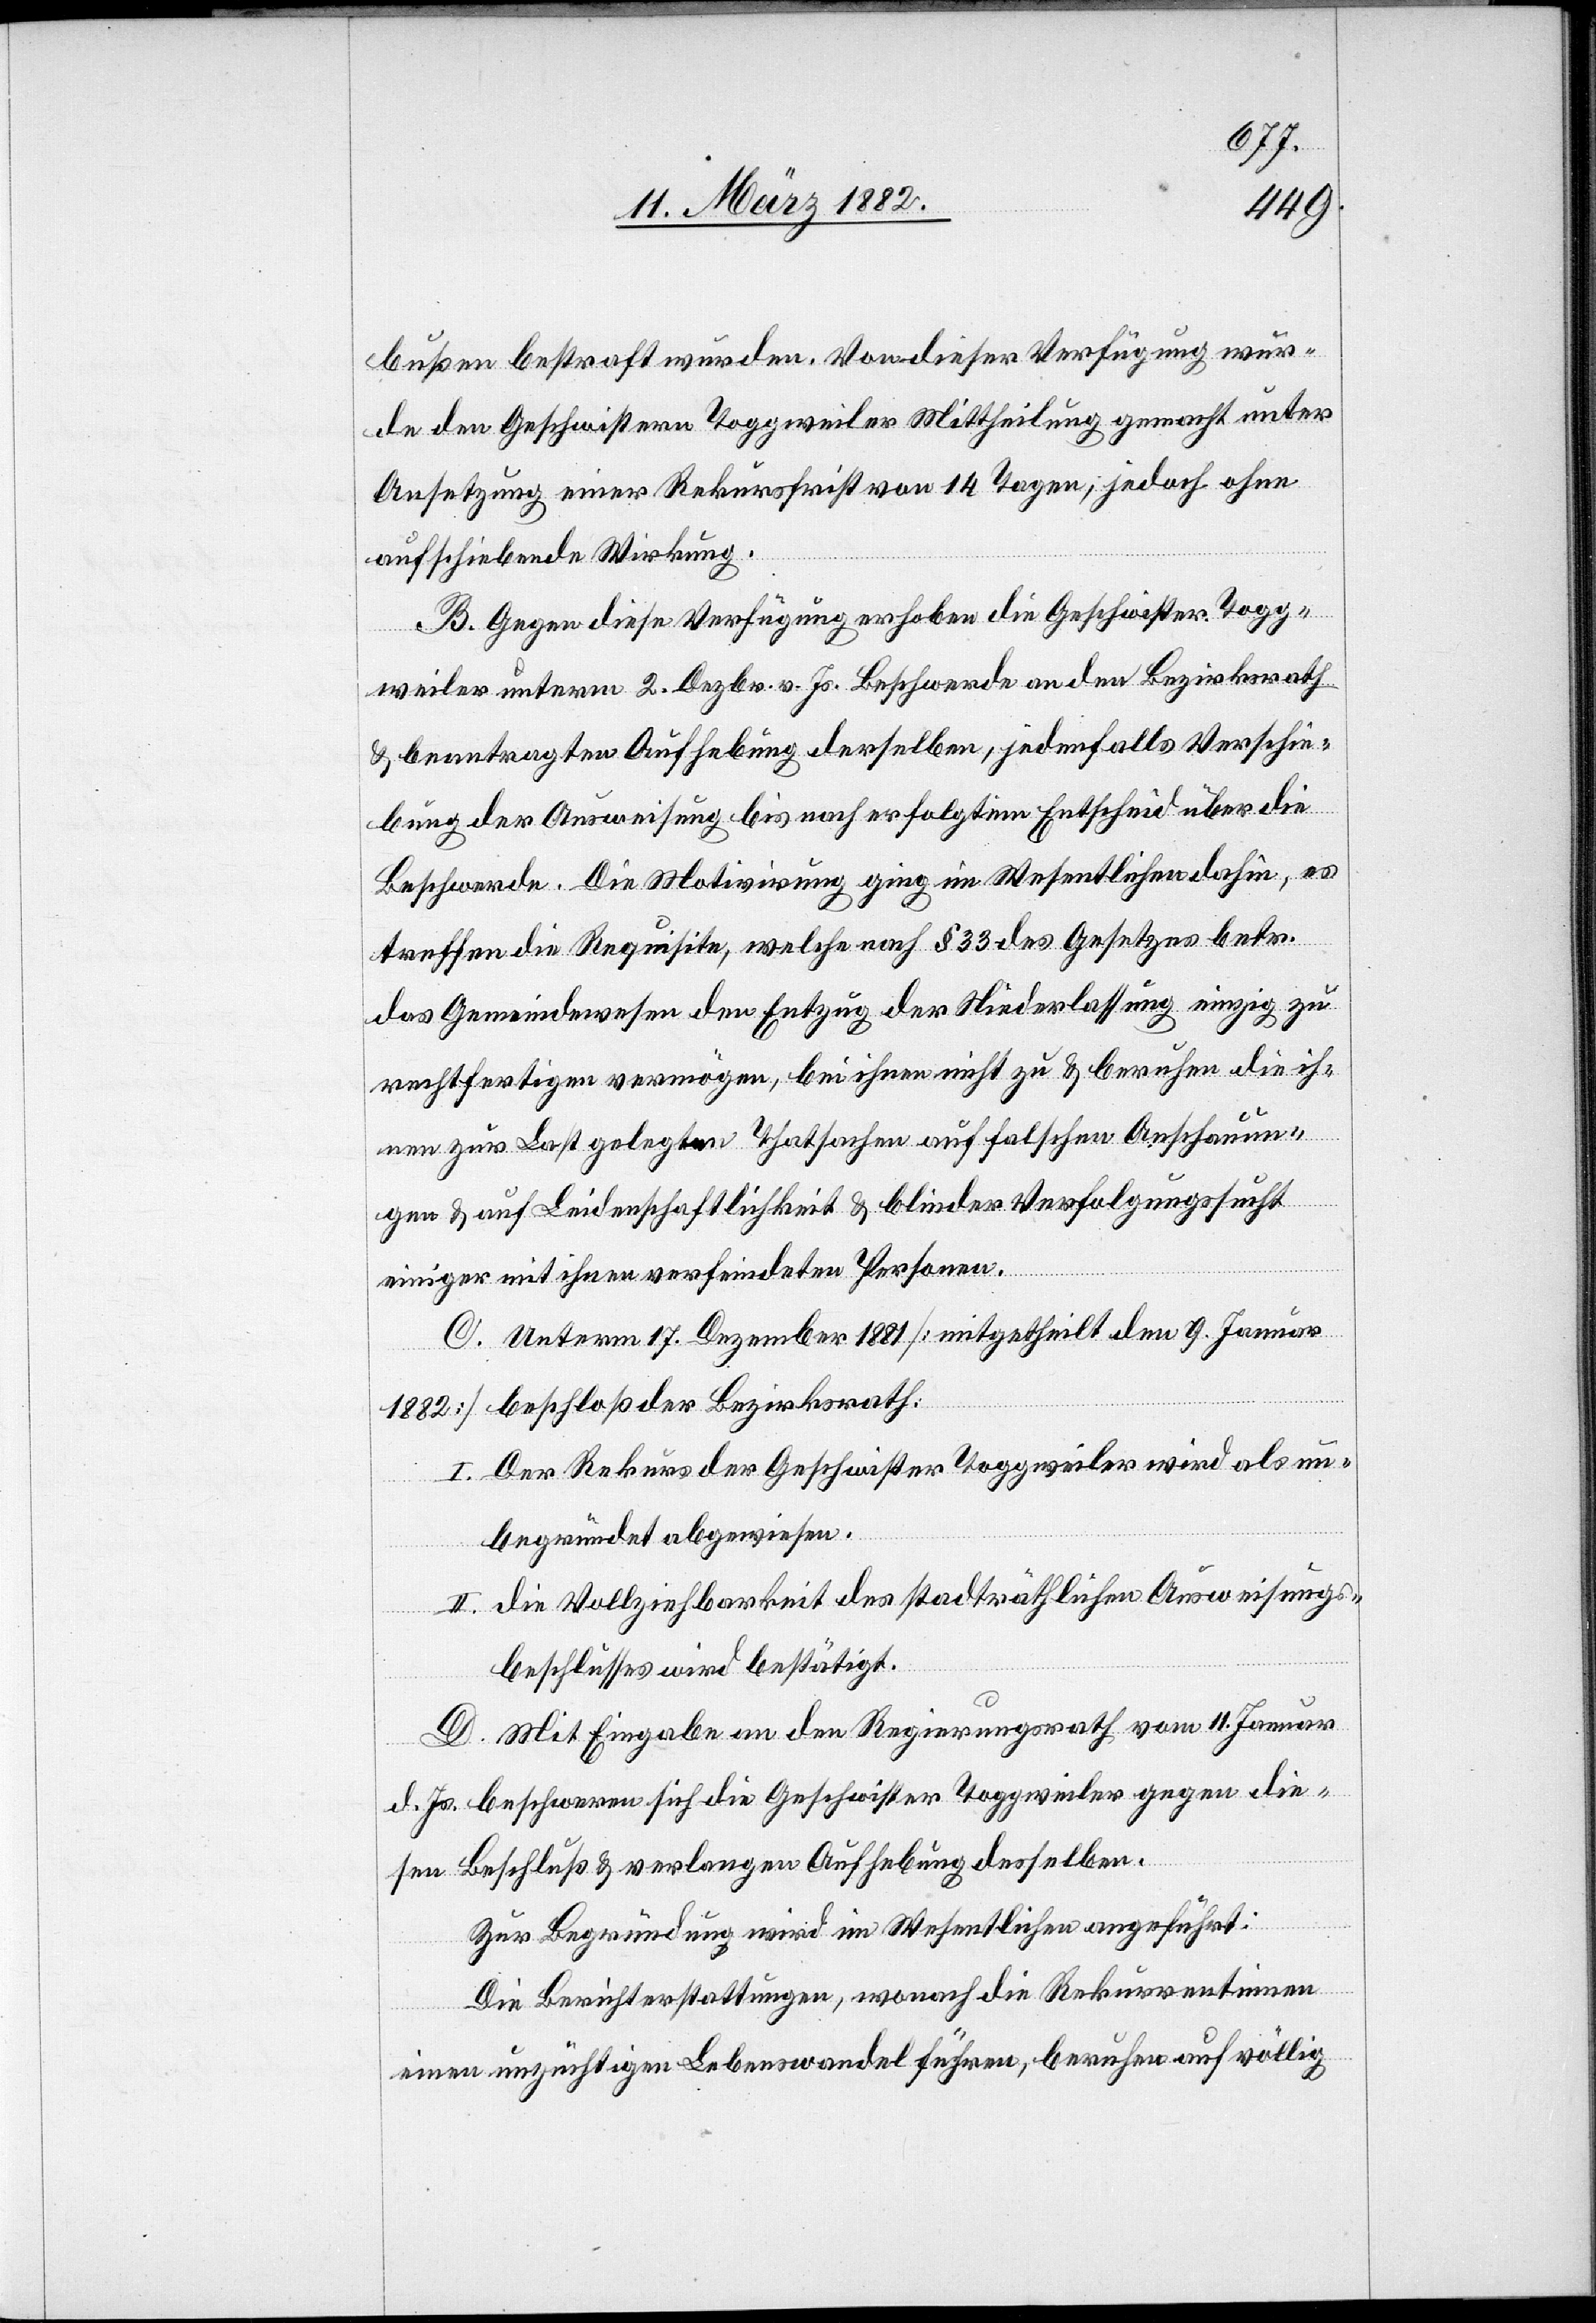
bußen bestraft wurden. Von dieser Verfügung wur¬
de den Geschwistern Toggweiler Mittheilung gemacht unter
Ansetzung einer Rekursfrist von 14 Tagen; jedoch ohne
aufschiebende Wirkung.
B. Gegen diese Verfügung erhoben die Geschwister Togg¬
weiler unterm 2. Dezbr. v. Js. Beschwerde an den Bezirksrath
& beantragten Aufhebung derselben, jedenfalls Verschie¬
bung der Ausweisung bis nach erfolgtem Entscheid über die
Beschwerde. Die Motivirung ging im Wesentlichen dahin, es
treffen die Requisiten, welche nach § 33 des Gesetzes betr.
das Gemeinwesen den Entzug der Niederlassung einzig zu
rechtfertigen vermögen, bei ihnen nicht zu & beruhen die ih¬
nen zur Last gelegten Thatsachen auf falsche Anschauun¬
gen & auf Leidenschaftlichkeit & blinder Verfolgungssucht
einiger mit ihnen verfeindeten Personen.
C. Unterm 17. Dezember 1881 [mitgetheilt den 9. Januar
1882] beschloß der Bezirksrath:
I. Der Rekurs der Geschwister Toggweiler wird als un¬
begründet abgewiesen.
II. die Vollziehbarkeit des stadträthlichen Ausweisungs¬
beschlusses wird bestätigt.
D. Mit Eingabe an den Regierungsrath vom 1. Januar
d. Js. beschweren sich die Geschwister Toggweiler gegen die¬
sen Beschluß & verlangen Aufhebung desselben.
Zur Begründung wird im Wesentlichen angeführt:
Die Berichterstattung, wonach die Rekurrentinnen
einen unzüchtigen Lebenswandel führen, beruhen auf völlig